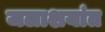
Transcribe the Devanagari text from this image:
जलाशयांत